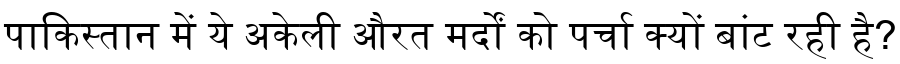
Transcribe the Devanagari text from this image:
पाकिस्तान में ये अकेली औरत मर्दों को पर्चा क्यों बांट रही है?